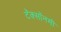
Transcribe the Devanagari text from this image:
टॅक्सॉनमी